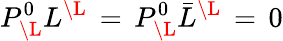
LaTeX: P_{{\mathbf\L}}^{0}L^{{\mathbf\L}}\, =\, P_{{\mathbf\L}}^{0}{\bar{L}}^{{\mathbf\L}}\, =\, 0